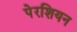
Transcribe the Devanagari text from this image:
पेरशियन